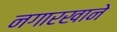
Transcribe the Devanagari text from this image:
नगारखाने